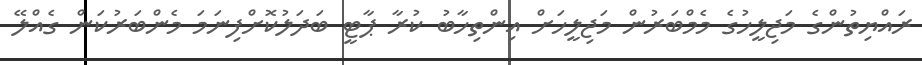
ރައްޔިތުންގެ މަޖިލީހުގެ މެމްބަރުން މަޖިލީހަށް އިންތިހާބު ކުރާ ޕާޓީ ބަދަލުކޮށްފިނަމަ މެންބަރުކަން ގެއްލޭ